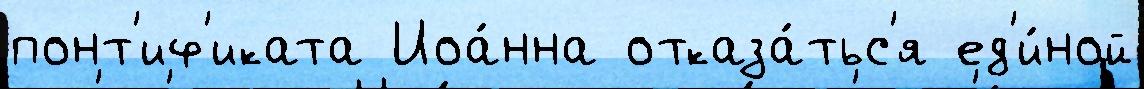
понт'иф'иката Иоа́нна отказа́тьс'я ед'и́ной